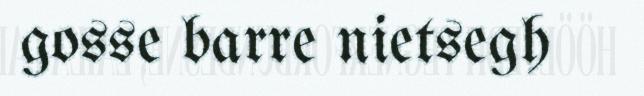
gosse barre nietsegh